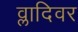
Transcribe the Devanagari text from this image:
व्लादिवर